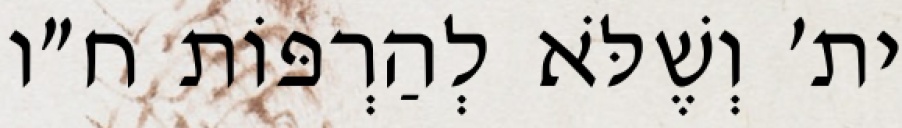
ית׳ וְשֶׁלֹּא לְהַרְפּוֹת ח״ו